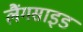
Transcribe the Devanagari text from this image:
लैंगसाइड